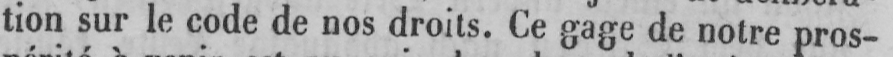
tion sur le code de nos droits. Ce gage de notre pros-